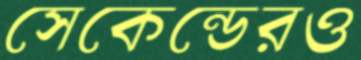
সেকেন্ডেরও